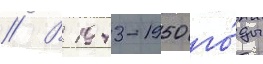
// В 1943-1950 го́ды